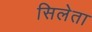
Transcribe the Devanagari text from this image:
सिलेता